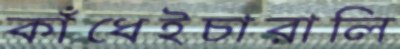
কাঁধেইচারালি